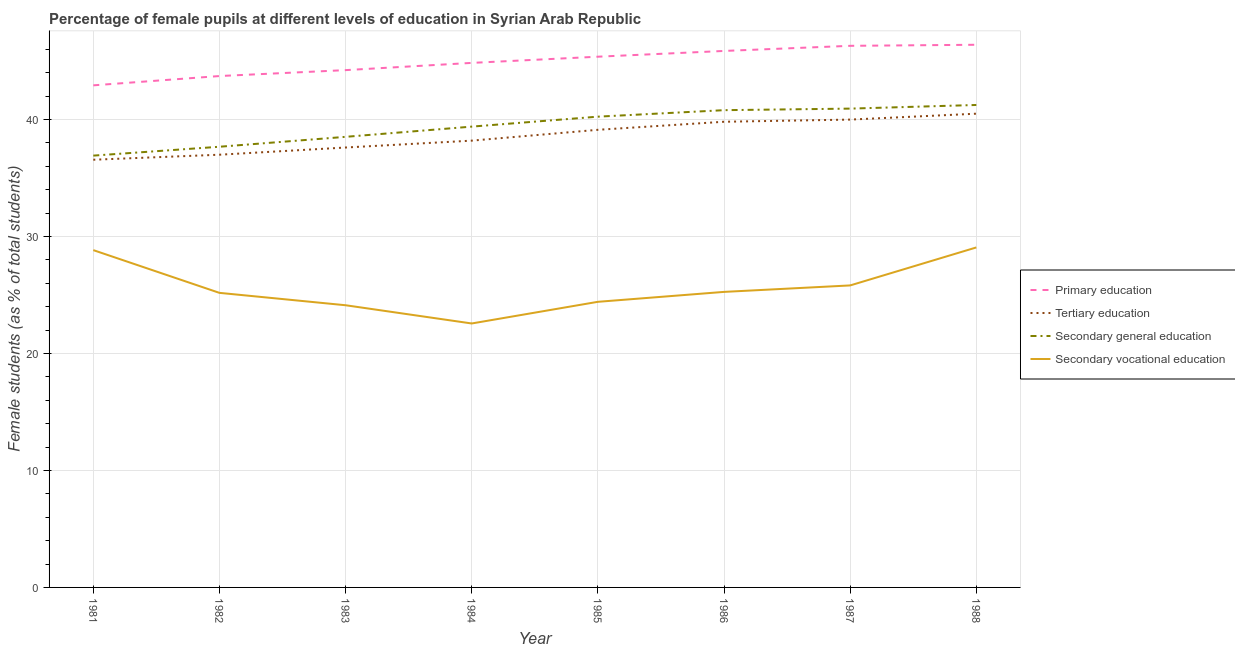
| Year | Primary education | Tertiary education | Secondary general education | Secondary vocational education |
 | --- | --- | --- | --- | --- |
 | 1981 | 42.9 | 36.6 | 36.9 | 28.8 |
 | 1982 | 43.7 | 37 | 37.7 | 25.2 |
 | 1983 | 44.2 | 37.6 | 38.5 | 24.1 |
 | 1984 | 44.8 | 38.2 | 39.4 | 22.6 |
 | 1985 | 45.4 | 39.1 | 40.2 | 24.4 |
 | 1986 | 45.9 | 39.8 | 40.8 | 25.3 |
 | 1987 | 46.3 | 40 | 40.9 | 25.8 |
 | 1988 | 46.4 | 40.5 | 41.2 | 29.1 |